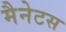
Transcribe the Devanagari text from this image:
मैनेटस